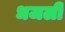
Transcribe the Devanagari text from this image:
धजली